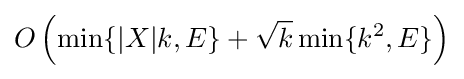
O\left(\min\{|X|k,E\}+{\sqrt {k}}\min\{k^{2},E\}\right)